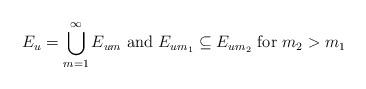
LaTeX: \begin{align*}{}E_{u}=\bigcup_{m=1}^{\infty}E_{um}\mbox{ and }E_{um_{1}}\subseteq E_{um_{2}}\mbox{ for }m_{2}>m_{1}\end{align*}